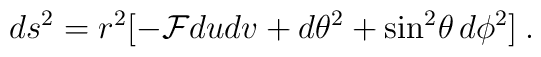
d s^2 = r^2 [-{\cal F}dudv+ d\theta^2 + \sin^2\!\theta \, d\phi^2]\:.